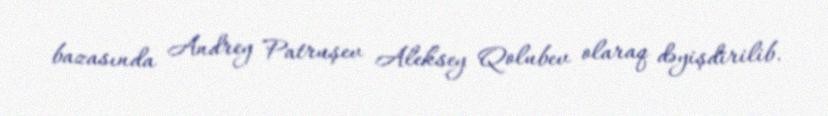
bazasında Andrey Patruşev Aleksey Qolubev olaraq dəyişdirilib.